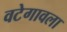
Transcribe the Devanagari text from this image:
वटेगावला